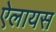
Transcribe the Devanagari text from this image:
ऐलायस